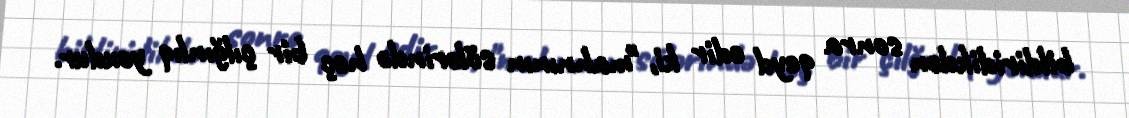
bildiridikdən sonra qeyd edir ki, "mahnının sölərində heç bir çılğınlıq yoxdur.